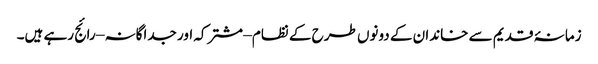
زمانۂ قدیم سے خاندان کے دونوں طرح کے نظام – مشترکہ اور جداگانہ – رائج رہے ہیں۔